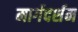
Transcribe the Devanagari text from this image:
मार्गदर्शम